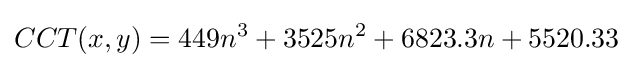
CCT(x,y)=449n^{3}+3525n^{2}+6823.3n+5520.33